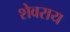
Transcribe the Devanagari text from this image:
शेवराय